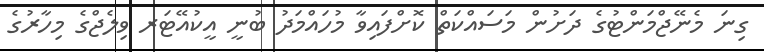
ގިނަ މެނޭޖްމަންޓުގެ ދަށުން މަސައްކަތް ކޮށްފައިވާ މުހައްމަދު ބުނީ އީކުއޭޓަރ ވިލެޖްގެ މިހާރުގެ